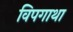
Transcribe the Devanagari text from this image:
विपगाथा